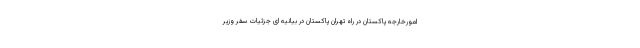
امورخارجه پاکستان در راه تهران پاکستان در بیانیه ای جزئیات سفر وزیر